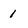
Character: 1